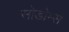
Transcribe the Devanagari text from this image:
सोडोम्स